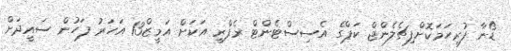
ޑޯނާ ފުރިހަމަކޮށްފިޗެލެންޖް ކަޕްގެ އެސިސްޓެންޓް ރެފްރީ އަކަށް އަމީޒް13 އަހަރު ފަހުން ސައީދަށް